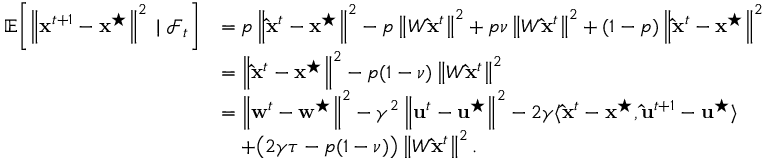
\begin{array} { r l } { \mathbb { E } \! \left[ \left\| \mathbf { x } ^ { t + 1 } - \mathbf { x } ^ { \star } \right\| ^ { 2 } \; | \; \mathcal { F } _ { t } \right] } & { = p \left\| \mathbf { \hat { x } } ^ { t } - \mathbf { x } ^ { \star } \right\| ^ { 2 } - p \left\| W \mathbf { \hat { x } } ^ { t } \right\| ^ { 2 } + p \nu \left\| W \mathbf { \hat { x } } ^ { t } \right\| ^ { 2 } + ( 1 - p ) \left\| \mathbf { \hat { x } } ^ { t } - \mathbf { x } ^ { \star } \right\| ^ { 2 } } \\ & { = \left\| \mathbf { \hat { x } } ^ { t } - \mathbf { x } ^ { \star } \right\| ^ { 2 } - p ( 1 - \nu ) \left\| W \mathbf { \hat { x } } ^ { t } \right\| ^ { 2 } } \\ & { = \left\| \mathbf { w } ^ { t } - \mathbf { w } ^ { \star } \right\| ^ { 2 } - \gamma ^ { 2 } \left\| \mathbf { u } ^ { t } - \mathbf { u } ^ { \star } \right\| ^ { 2 } - 2 \gamma \langle \mathbf { \hat { x } } ^ { t } - \mathbf { x } ^ { \star } , \mathbf { \hat { u } } ^ { t + 1 } - \mathbf { u } ^ { \star } \rangle } \\ & { \quad + \big ( 2 \gamma \tau - p ( 1 - \nu ) \big ) \left\| W \mathbf { \hat { x } } ^ { t } \right\| ^ { 2 } . } \end{array}